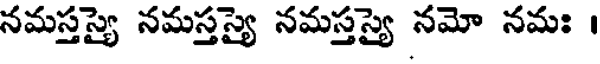
నమస్తస్యై నమస్తస్యై నమస్తస్యై నమో నమః ।